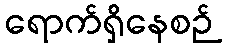
ရောက်ရှိနေစဉ်